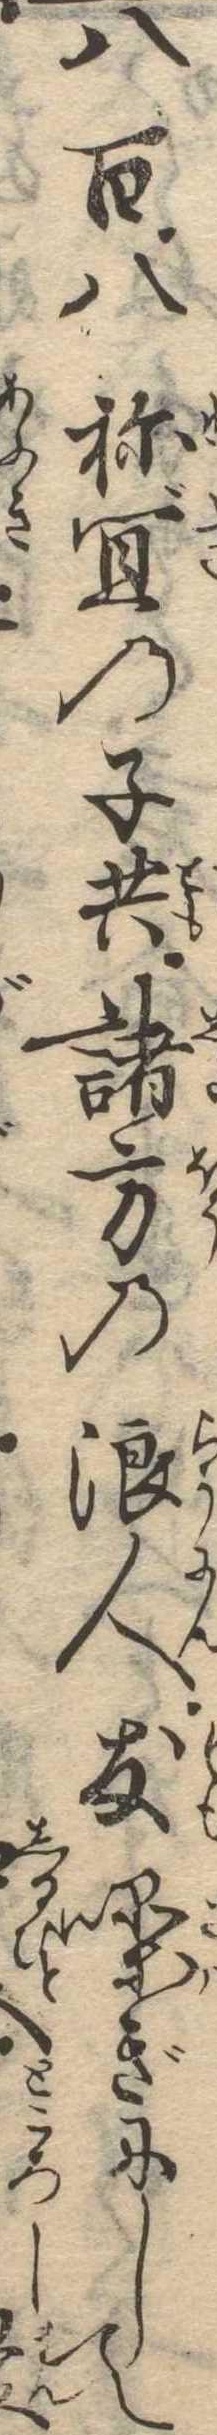
八百八祢宜の子共諸方の浪人友噪ぎにして